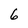
Character: 6